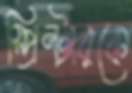
স্প্রিন্টারকে